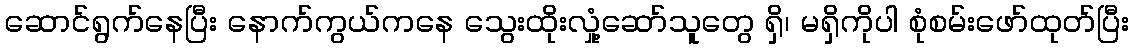
ဆောင်ရွက်နေပြီး နောက်ကွယ်ကနေ သွေးထိုးလှုံ့ဆော်သူတွေ ရှိ၊ မရှိကိုပါ စုံစမ်းဖော်ထုတ်ပြီး